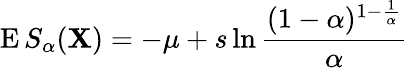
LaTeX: \operatorname{E}S_{\alpha}(\mathbf{X})=-\mu+s\ln{\frac{{(1-\alpha)^{1-{\frac{{1}}{{\alpha}}}}}}{{\alpha}}}